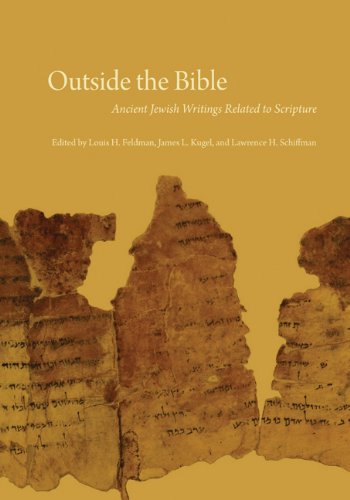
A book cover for Outside the Bible, 3-volume set: Ancient Jewish Writings Related to Scripture; Religion & Spirituality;